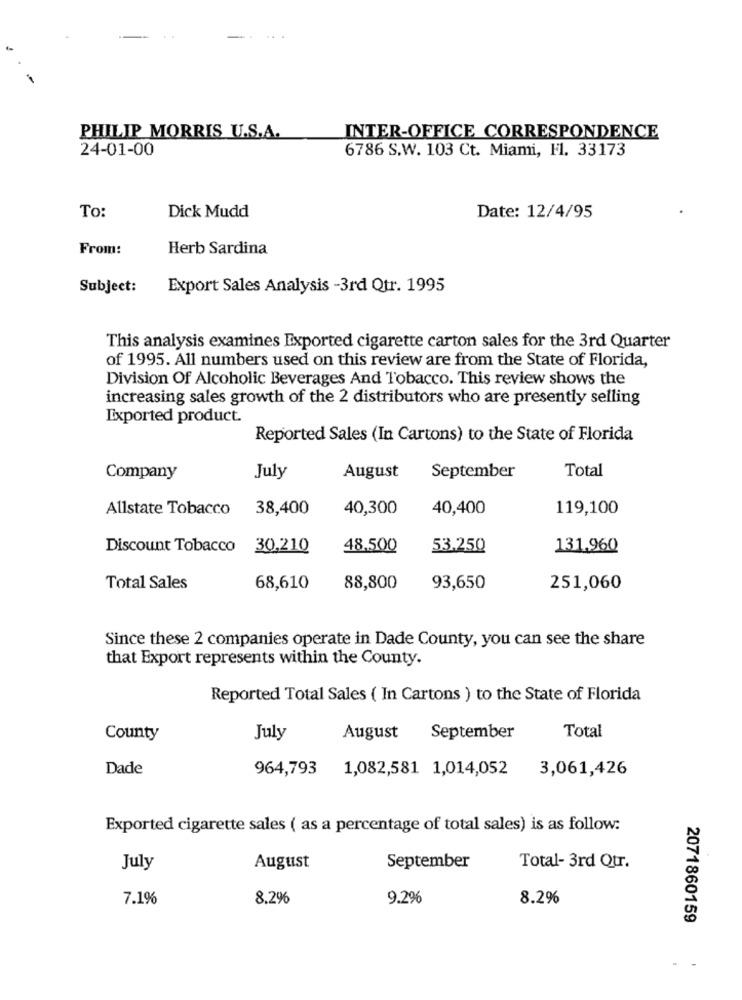
. .
PHILIP MORRIS U.S.A.
INTER-OFFICE CORRESPONDENCE
24-01-00
6786 S.W. 103 Ct. Miami, Fl. 33173
To:
Dick Mudd
Date: 12/4/95
From:
Herb Sardina
Subject:
Export Sales Analysis -3rd Qtr. 1995
This analysis examines Exported cigarette carton sales for the 3rd Quarter
of 1995. All numbers used on this review are from the State of Florida,
Division Of Alcoholic Beverages And Tobacco. This review shows the
increasing sales growth of the 2 distributors who are presently selling
Exported product.
Reported Sales (In Cartons) to the State of Florida
Total
Company
July
August
September
Allstate Tobacco 38,400
40,300
40,400
119,100
Discount Tobacco
30.210
48.500
53.250
131,960
Total Sales
68,610
88,800
93,650
251,060
Since these 2 companies operate in Dade County, you can see the share
that Export represents within the County.
Reported Total Sales ( In Cartons ) to the State of Florida
County
July
August
September
Total
Dade
964,793
1,082,581 1,014,052
3,061,426
Exported cigarette sales ( as a percentage of total sales) is as follow:
July
August
September
Total- 3rd Qtr.
7.1%
8.2%
9.2%
8.2%
2071860159
. -